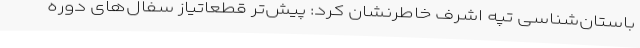
باستان‌شناسی تپه اشرف خاطرنشان کرد: پیش‌تر قطعاتیاز سفال‌های دوره